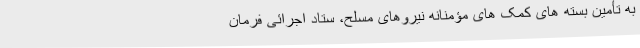
به تأمین بسته های کمک های مؤمنانه نیروهای مسلح، ستاد اجرائی فرمان